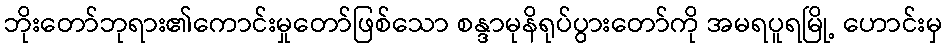
ဘိုးတော်ဘုရား၏ကောင်းမှုတော်ဖြစ်သော စန္ဒာမုနိရုပ်ပွားတော်ကို အမရပူရမြို့ ဟောင်းမှ